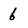
Character: 6